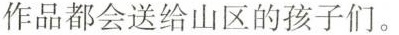
作品都会送给山区的孩子们。